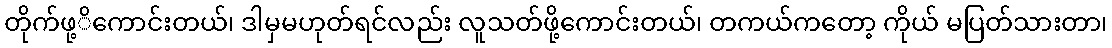
တိုက်ဖု့ိကောင်းတယ်၊ ဒါမှမဟုတ်ရင်လည်း လူသတ်ဖို့ကောင်းတယ်၊ တကယ်ကတော့ ကိုယ် မပြတ်သားတာ၊